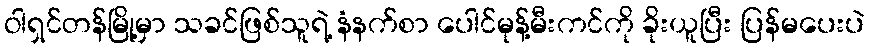
ဝါရှင်တန်မြို့မှာ သခင်ဖြစ်သူရဲ့ နံနက်စာ ပေါင်မုန့်မီးကင်ကို ခိုးယူပြီး ပြန်မပေးပဲ